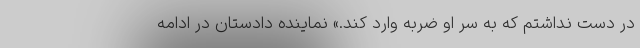
در دست نداشتم که به سر او ضربه وارد کند.» نماینده دادستان در ادامه